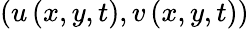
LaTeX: \left(u\left(x,y,t\right),v\left(x,y,t\right)\right)